Report on the Nagpur School of Medicine, Central Provinces
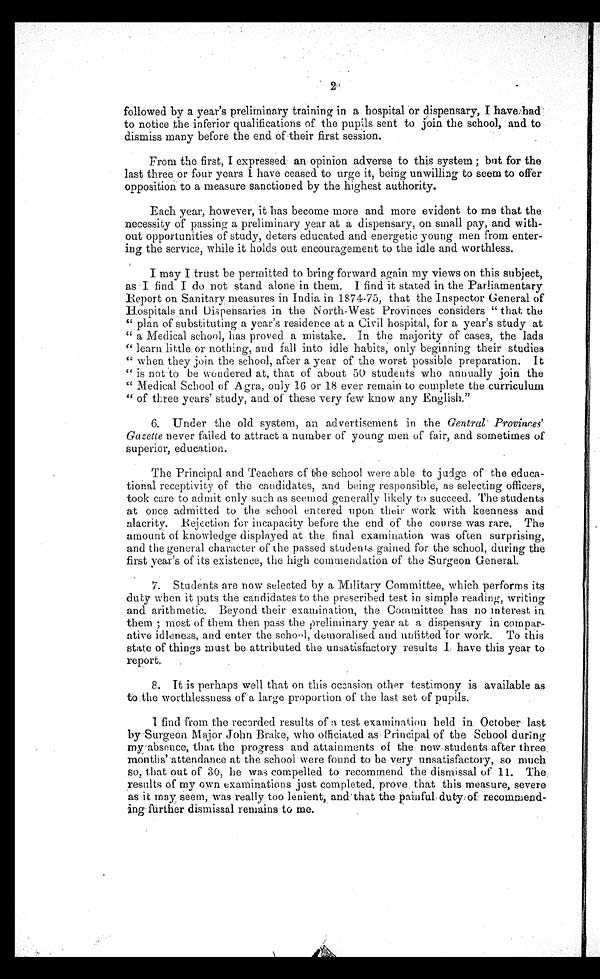
2.'
followed by a year's preliminary training in a hospital or dispensary, I have had
to notice the inferior qualifications of the pupils sent to join the school, and to
dismiss many before the end of their first session.
From the first, I expressed an opinion adverse to this system; but for the
l ast t hree or four years I have ceased t o urge i t , bei ng unwi l l i ng t o seem t o offer
opposition to a measure sanctioned by the highest authority.
Each year, however, it has become more and more evident to me that the,
necessity of passing a preliminary year at a dispensary, on small pay, and with-
out opportunities of study, deters educated and energetic young men from enter-
ing the service, while it holds out encouragement to the idle and worthless.
I may I trust be permitted to bring forward again my views on this subject,
as I find I do not stand alone in them. I find it stated in the Parliamentary
Report on Sanitary measures in India in 1874-75, that the Inspector General of
Hospitals and Dispensaries in the North-West Provinces considers "that the
" p l a n o f s u b s t i t u t i n g a y e a r ' s r e s i d e n c e a t a C i v i l h o s p i t a l , f o r a y e a r ' s s t u d y a t
"a Medical school, has proved a mistake. In the majority of cases, the lads
"learn little or nothing, and fall into idle habits, only beginning their studies
" w h e n t h e y j o i n t h e s c h o o l , a f t e r a y e a r o f t h e w o r s t p o s s i b l e p r e p a r a t i o n . I t
"is not to be wondered at, that of about 50 students who annually join the
" M e d i c a l S c h o o l o f A g r a , o n l y 1 6 o r 1 8 e v e r r e m a i n t o c o m p l e t e t h e c u r r i c u l u m
" o f t h r e e y e a r s ' s t u d y , a n d o f t h e s e v e r y f e w k n o w a n y E n g l i s h . "
6. Under the old system, an advertisement in the Central Provinces'
Gazette never failed to attract a number of young men of fair, and sometimes of
superior, education.
T The Principal and Teachers of the school were able to judge of the educa-
tional receptivity of the candidates, and being responsible, as selecting officers,
took care to admit only such as seemed generally likely to succeed. The students
at once admitted to the school entered upon their work with keenness and
alacrity. Rejection for incapacity before the end of the course was rare. The
amount of knowledge displayed at the final examination was often surprising,
and the general character of the passed students gained for the school, during the
first year's of its existence, the high commendation of the Surgeon General.
7. Students are now selected by a Military Committee, which performs its
duty when it puts the candidates to the prescribed test in simple reading, writing
and arithmetic, Beyond their examination, the Committee has no interest in
t h e m ; m o s t o f t h e m t h e n p a s s t h e p r e l i m i n a r y y e a r a t a d i s p e n s a r y i n c o m p a r -
ative idleness, and enter the school, demoralised and unfitted for work. To this
state of things must be attributed the unsatisfactory results I have this year . to
report.
8.
It is perhaps well that on this occasion other testimony is available as
to the worthlessness of a large proportion of the last set of pupils.
I find from the recorded results of a test examination held in October last
by Surgeon Major John Brake, who officiated as Principal of the School during
my absence, that the progress and attainments of the new students after three
months' 'attendance at the school were found to be very unsatisfactory, so much
so, that out of 30, he was compelled to recommend the dismissal of 11. The
results of my own examinations just completed, prove . that this measure, severe
as it may seem, was really too lenient, and that the painful duty of recommend-
-ing further dismissal remains to me.